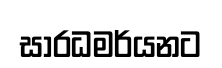
සාරධමර්යනට